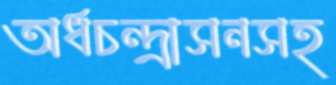
অর্ধচন্দ্রাসনসহ